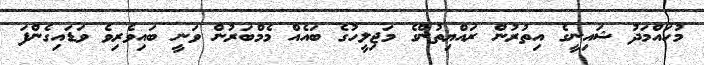
މުހައްމަދު ޝައިނީގެ އިތުރުން ރައްޔިތުންގެ މަޖިލީހުގެ ބައެއް މެމްބަރުން ވަނީ ބައިވެރިވެ ވަޑައިގެންފަ